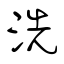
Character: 洗